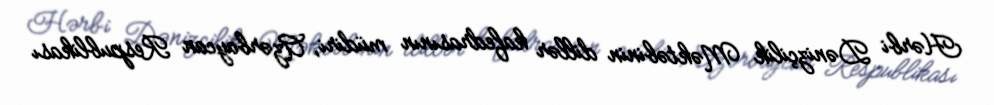
Hərbi Dənizçilik Məktəbinin dillər kafedrasının müdiri, Azərbaycan Respublikası